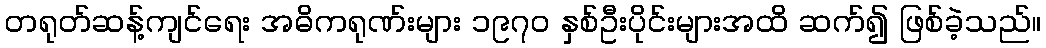
တရုတ်ဆန့်ကျင်ရေး အဓိကရုဏ်းများ ၁၉၇၀ နှစ်ဦးပိုင်းများအထိ ဆက်၍ ဖြစ်ခဲ့သည်။